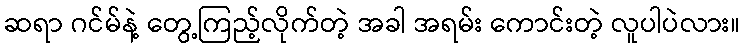
ဆရာ ဂင်မ်နဲ့ တွေ့ကြည့်လိုက်တဲ့ အခါ အရမ်း ကောင်းတဲ့ လူပါပဲလား။